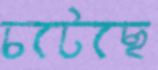
চটেছে